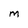
Character: M